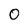
Character: 0